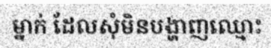
ម្នាក់ ដែលសុំមិនបង្ហាញឈ្មោះ